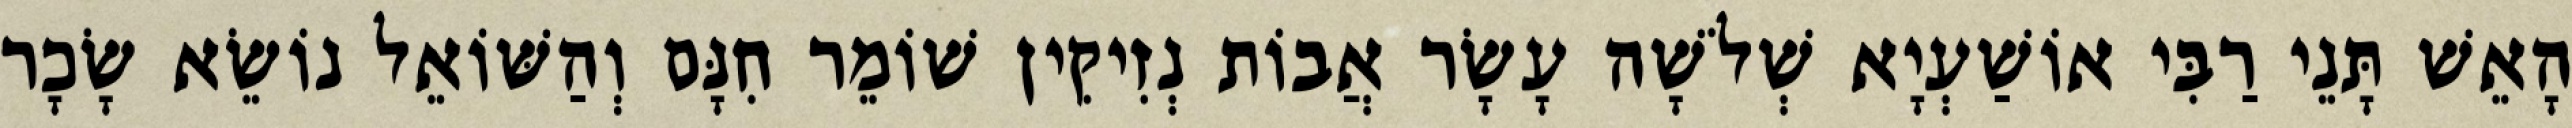
הָאֵשׁ תָּנֵי רַבִּי אוֹשַׁעְיָא שְׁלֹשָׁה עָשָׂר אֲבוֹת נְזִיקִין שׁוֹמֵר חִנָּם וְהַשּׁוֹאֵל נוֹשֵׂא שָׂכָר